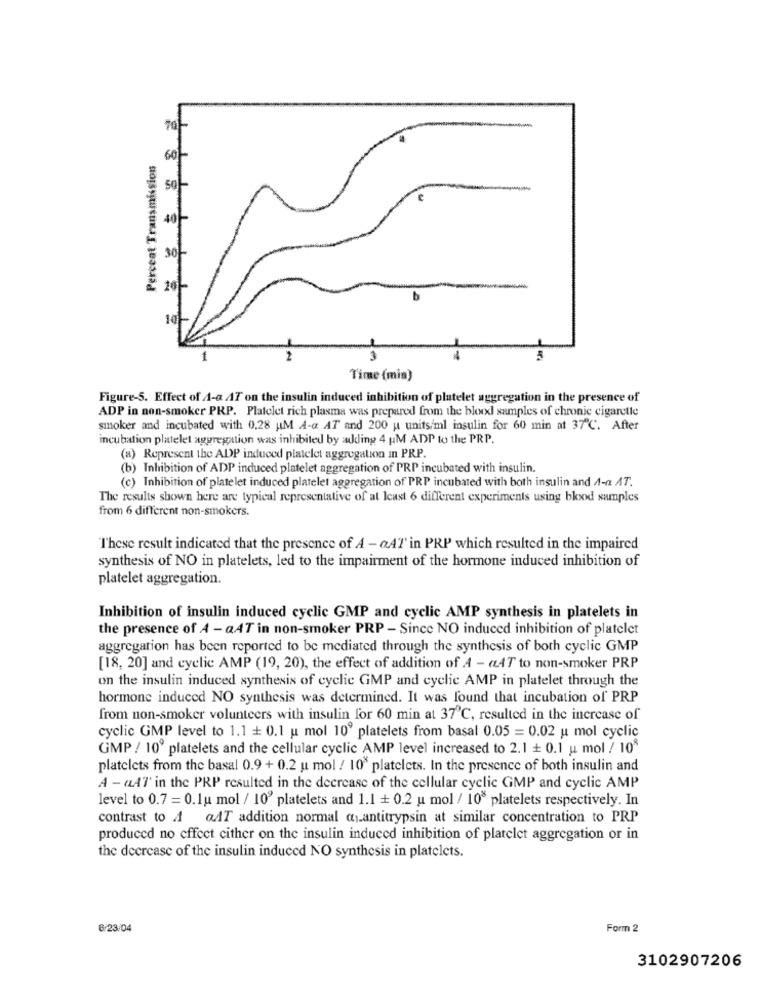
Percent Transmission
60%
30
20
1
3
Time (min)
Figure-5. Effect of A-a AT on the insulin induced inhibition of platelet aggregation in the presence of
ADP in non-smoker PRP. Platelet rich plasma was prepared from the blood samples of chronic cigarette
smoker and incubated with 0.28 AM A-a AT and 200 u units/ml insulin for 60 min at 37℃. After
incubation platelet aggregation was inhibited by adding 4 uM ADP to the PRP.
(a) Represent the ADP induced platelet aggregation in PRP.
(b) Inhibition of ADP induced platelet aggregation of PRP incubated with insulin.
(c) Inhibition of platelet induced platelet aggregation of PRP incubated with both insulin and A-a AT.
The results shown here are typical representative of at least 6 different experiments using blood samples
from 6 different non-smokers.
These result indicated that the presence of A - a47' in PRP which resulted in the impaired
synthesis of NO in platelets, led to the impairment of the hormone induced inhibition of
platelet aggregation.
Inhibition of insulin induced cyclic GMP and cyclic AMP synthesis in platelets in
the presence of A - @AT in non-smoker PRP - Since NO induced inhibition of platelet
aggregation has been reported to be mediated through the synthesis of both cyclic GMP
[18, 20] and cyclic AMP (19, 20), the effect of addition of A - «AT to non-smoker PRP
on the insulin induced synthesis of cyclic GMP and cyclic AMP in platelet through the
hormone induced NO synthesis was determined. It was found that incubation of PRP
from non-smoker volunteers with insulin for 60 min at 37 ℃, resulted in the increase of
cyclic GMP level to 1.1 + 0.1 u mol 10º platelets from basal 0.05 = 0.02 u mol cyclic
GMP / 10º platelets and the cellular cyclic AMP level increased to 2.1 + 0.1 u mol / 10
platelets from the basal 0.9 + 0.2 u mol ! 10 platelets. In the presence of both insulin and
A - (47' in the PRP resulted in the decrease of the cellular cyclic GMP and cyclic AMP
level to 0.7 = 0.1u mol / 10' platelets and 1.1 + 0.2 u mol / 10 platelets respectively. In
contrast to A aAT addition normal a antitrypsin at similar concentration to PRP
produced no effect cither on the insulin induced inhibition of platelet aggregation or in
the decrease of the insulin induced NO synthesis in platelets.
6/23/04
Form 2
3102907206